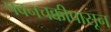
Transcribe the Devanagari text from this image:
पवनचक्कीपासून